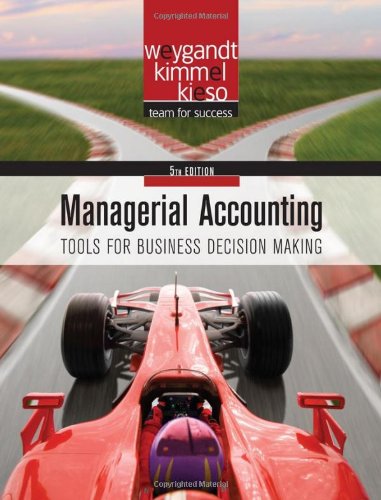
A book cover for Managerial Accounting: Tools for Business Decision Making; Jerry J. Weygandt; Business & Money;